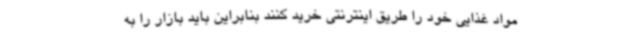
مواد غذایی خود را طریق اینترنتی خرید کنند بنابراین باید بازار را به